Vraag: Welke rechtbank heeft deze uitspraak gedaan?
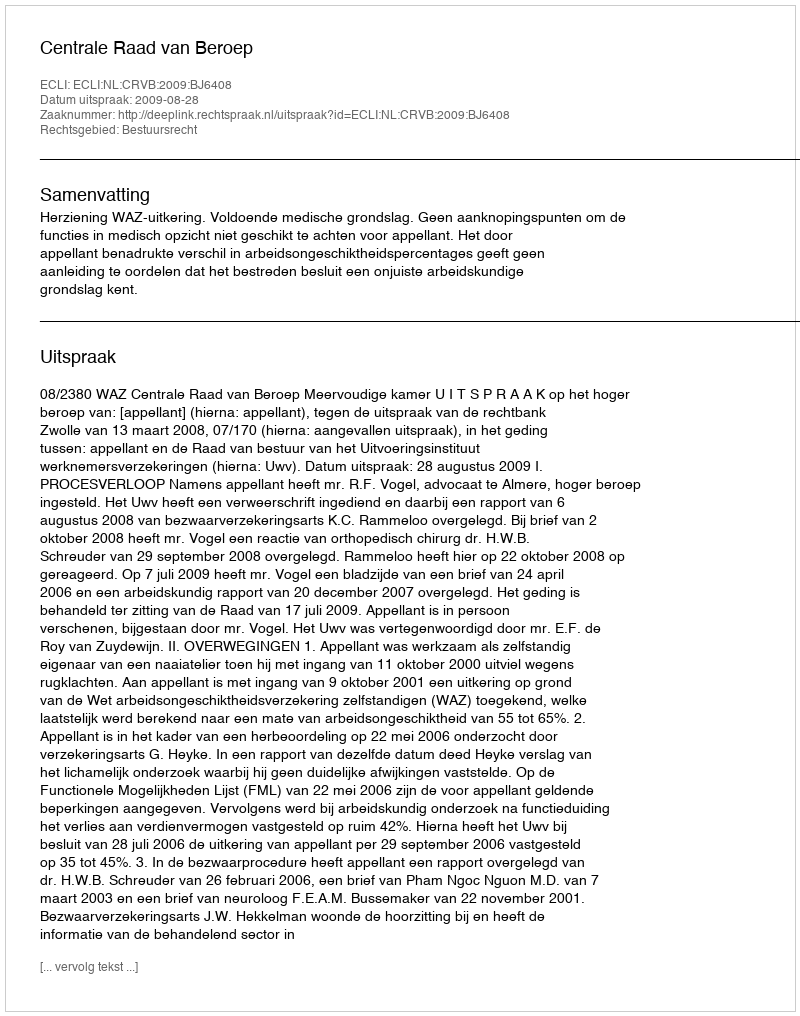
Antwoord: Centrale Raad van Beroep